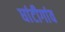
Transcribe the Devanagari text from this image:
घांटीगांव